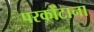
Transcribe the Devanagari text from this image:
परकोंटाना